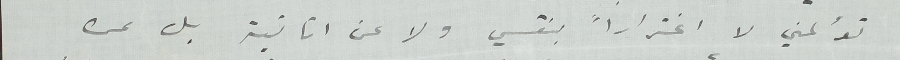
تؤلمني لا اغتراراً بنفسي ولا من انانية بل عن